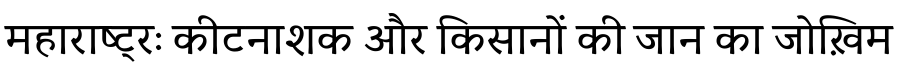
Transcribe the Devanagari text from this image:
महाराष्ट्रः कीटनाशक और किसानों की जान का जोख़िम